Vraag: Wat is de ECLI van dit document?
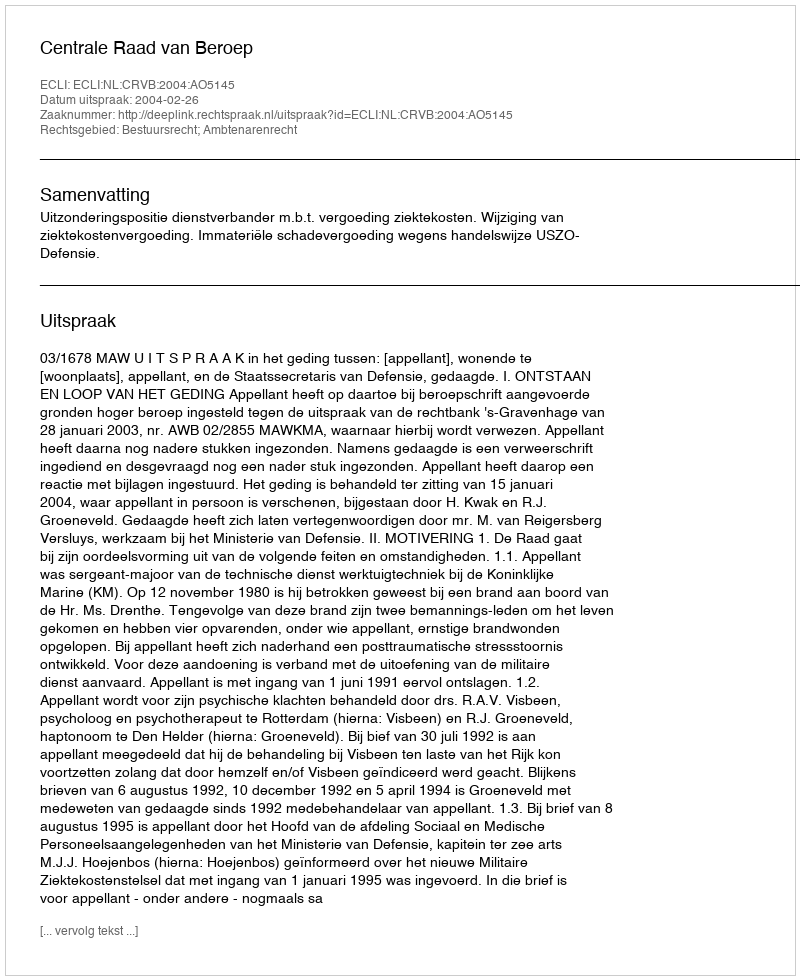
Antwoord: ECLI:NL:CRVB:2004:AO5145